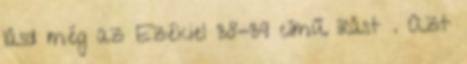
lásd még az Ezékiel 38-39 című írást . Azt